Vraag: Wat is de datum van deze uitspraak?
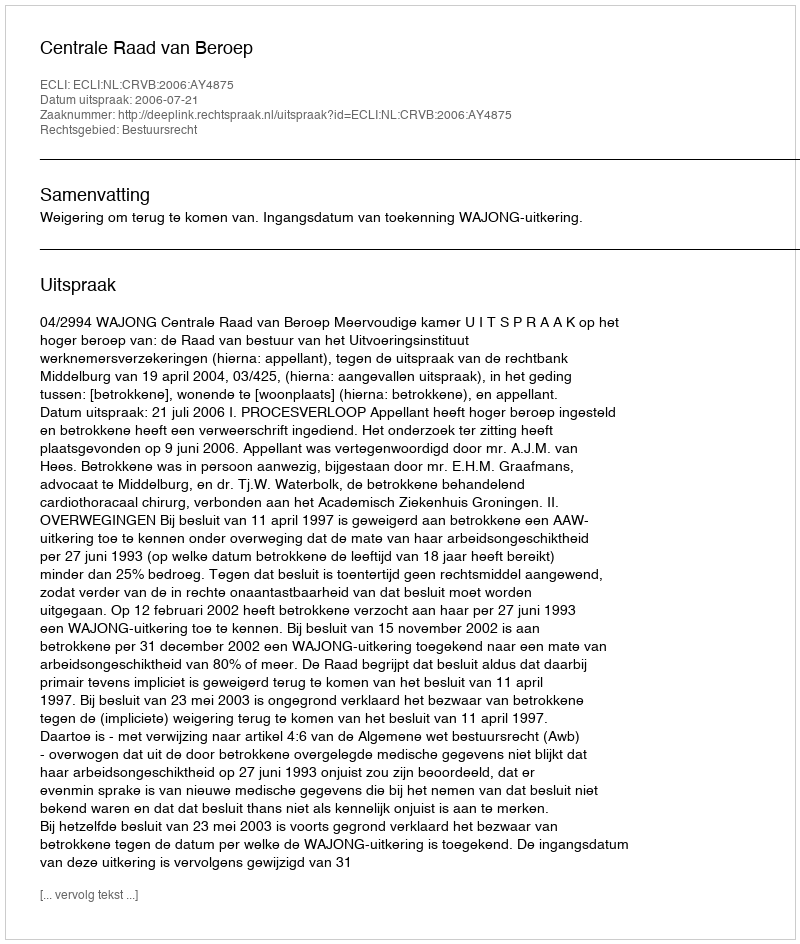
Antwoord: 2006-07-21